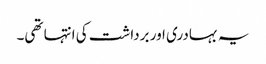
یہ بہادری اور برداشت کی انتہا تھی۔